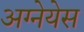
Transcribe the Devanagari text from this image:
अग्नेयेस